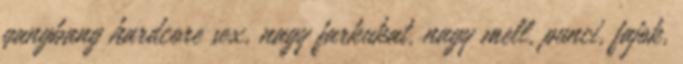
gangbang hardcore sex, nagy farkukat, nagy mell, punci, fajok,